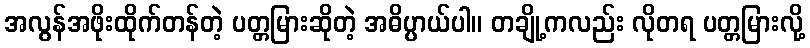
အလွန်အဖိုးထိုက်တန်တဲ့ ပတ္တမြားဆိုတဲ့ အဓိပ္ပာယ်ပါ။ တချို့ကလည်း လိုတရ ပတ္တမြားလို့